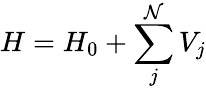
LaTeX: H=H_{0}+\sum_{j}^{\mathcal{N}}V_{j}